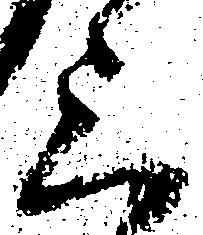
上